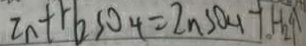
Z n + H _ { 2 } S O _ { 4 } = Z n S O _ { 4 } + H _ { 2 } \uparrow